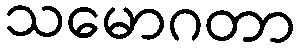
သမောဂတာ